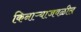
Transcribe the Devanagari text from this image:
किनाऱ्‍याजवळील